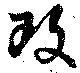
政